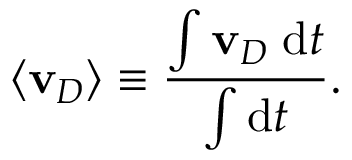
\langle \mathbf { v } _ { D } \rangle \equiv \frac { \int \mathbf { v } _ { D } \; \mathrm { d } t } { \int \mathrm { d } t } .